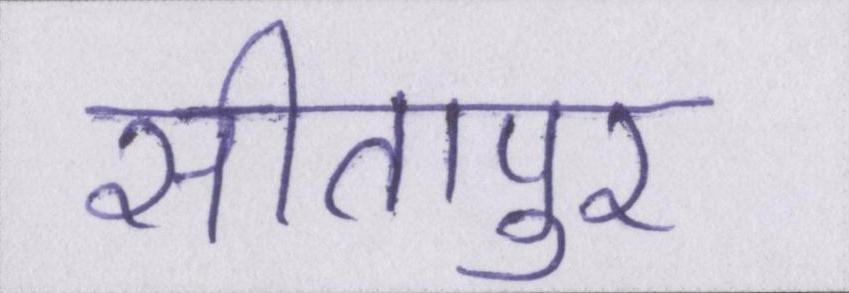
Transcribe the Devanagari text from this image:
सीतापुर